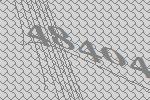
48404